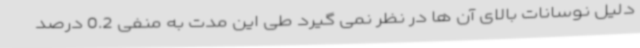
دلیل نوسانات بالای آن ها در نظر نمی گیرد طی این مدت به منفی 0.2 درصد